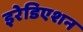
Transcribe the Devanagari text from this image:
इरेडिएशन